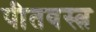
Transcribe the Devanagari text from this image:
पीतवस्त्र